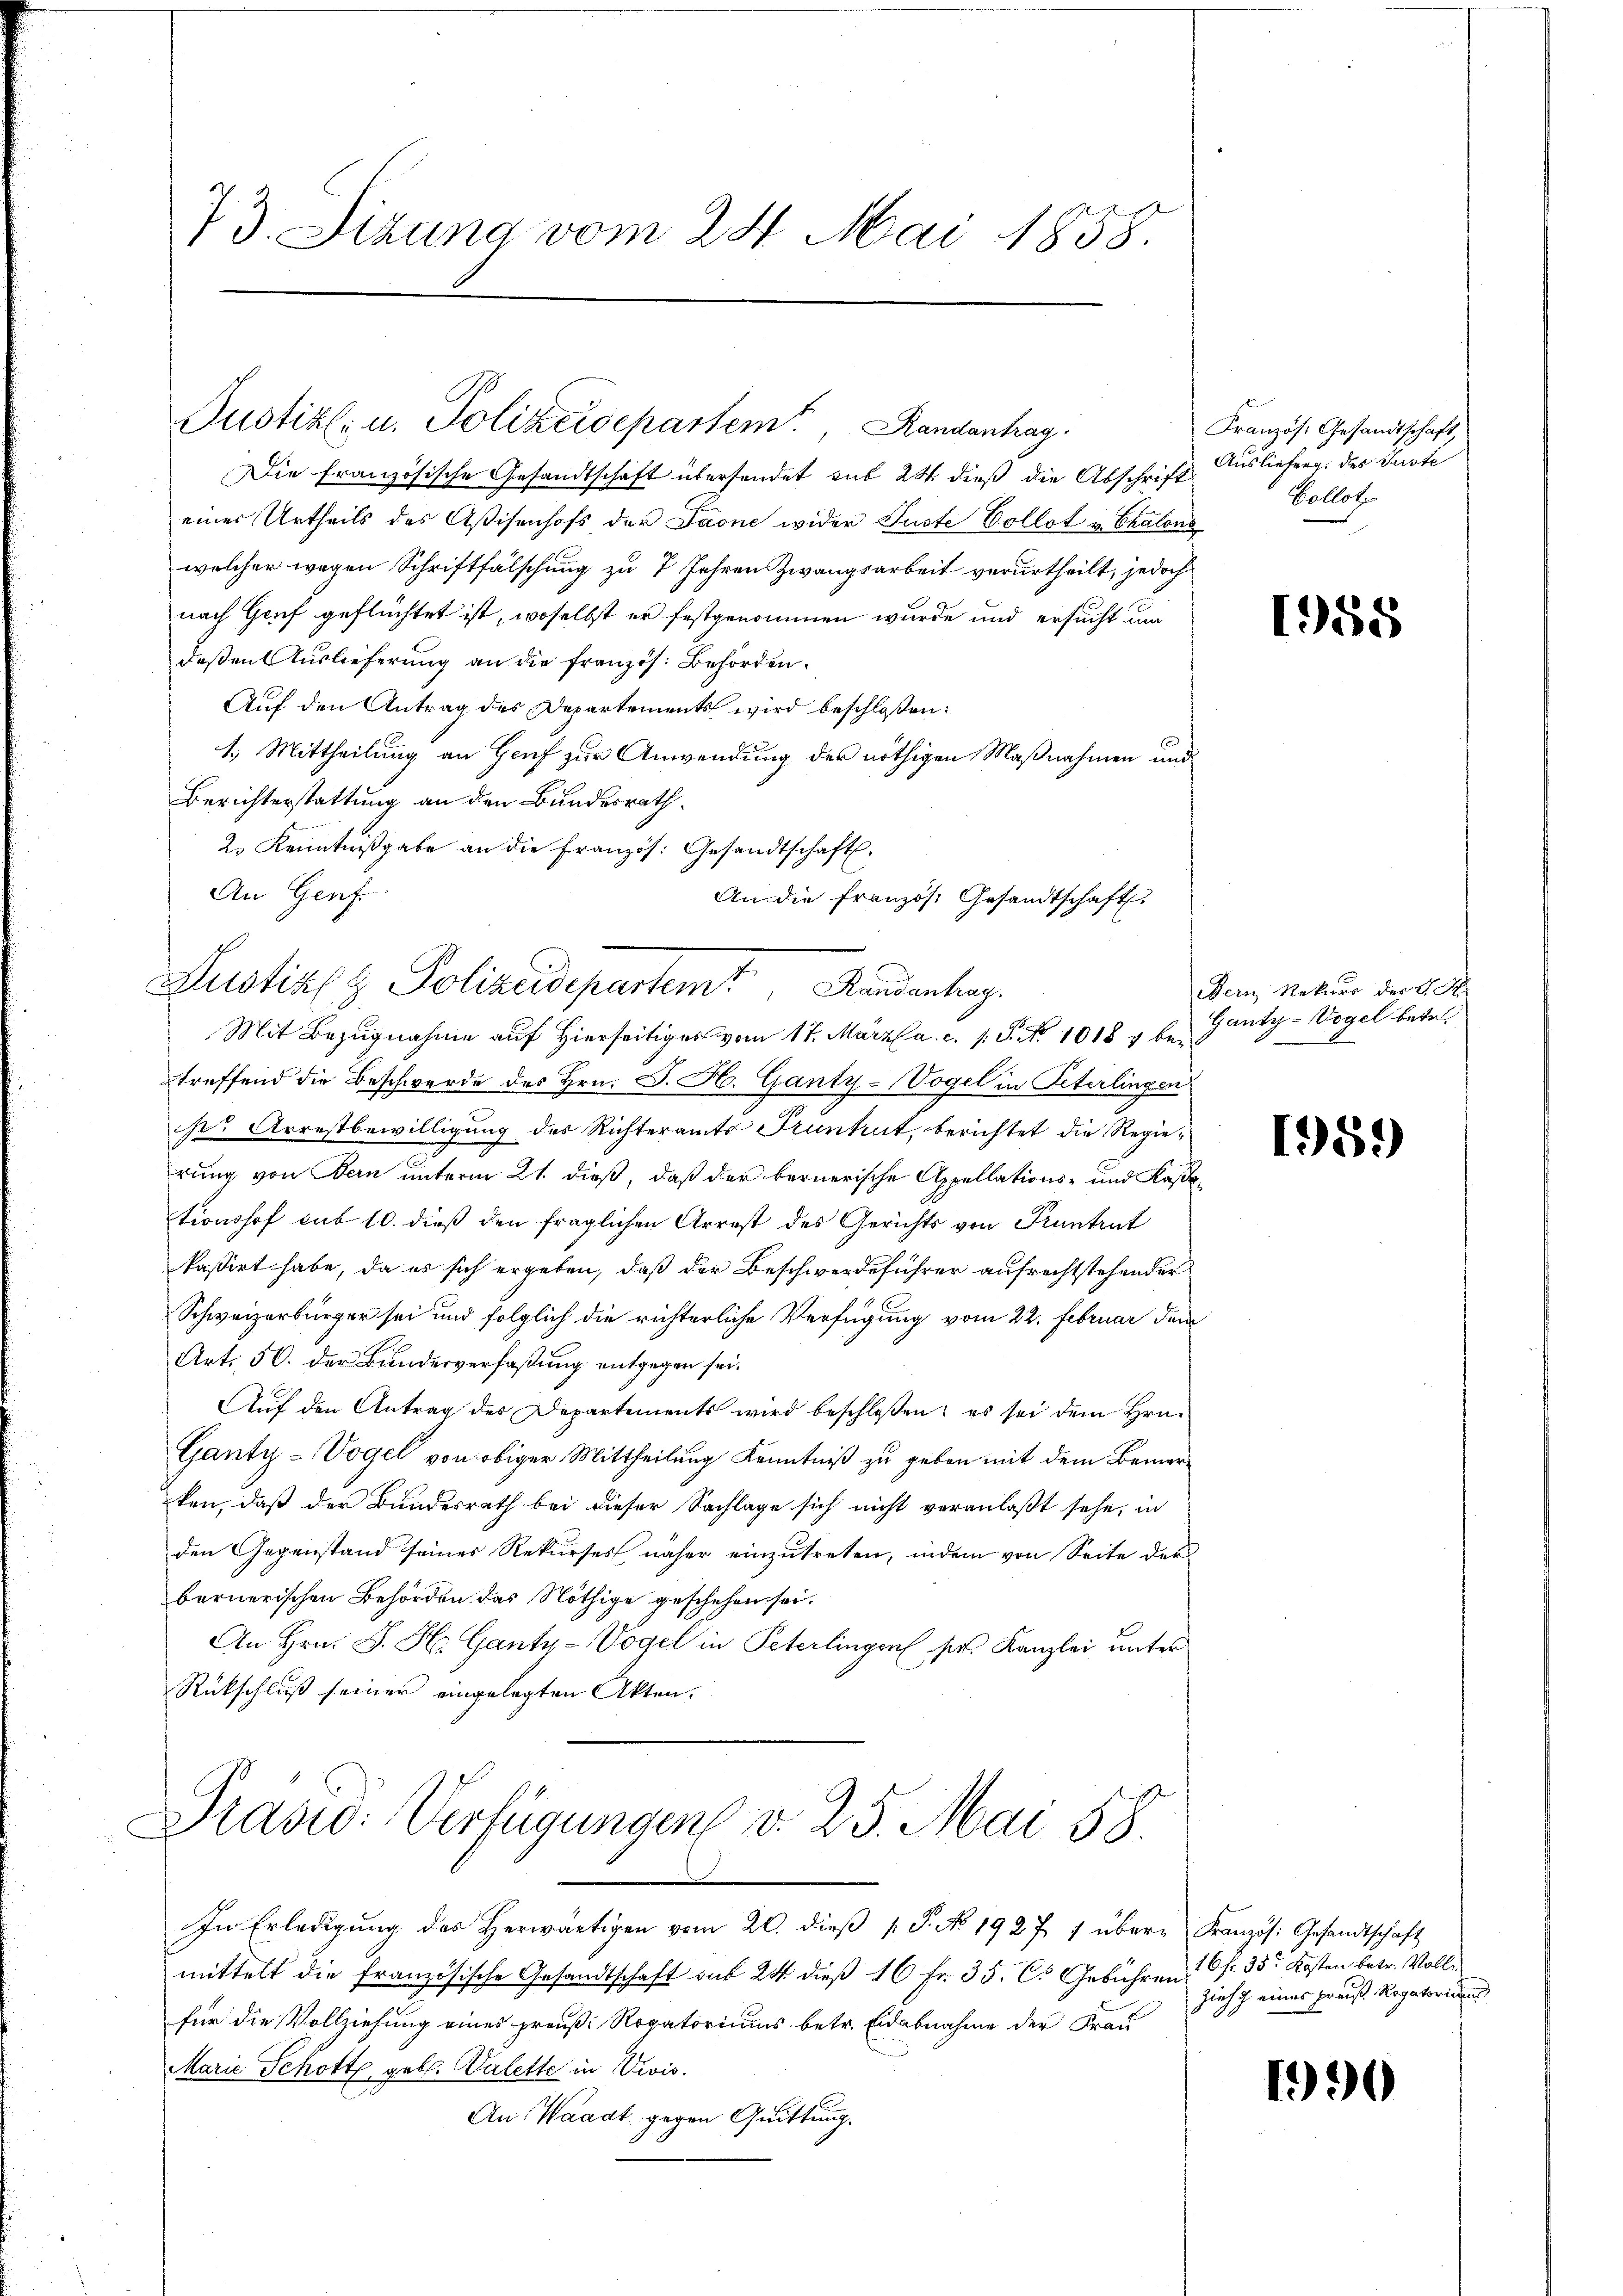
73. Sizung vom 24. Mai 1858.

Die Französische Gesandtschaft übersendet sub 24 dieß die Abschrift Auslieferg des Guste
eines Urtheils des Aßisenhofs der Jaone wider Guste Vollst v. Chalena
welcher wegen Schriftfälschung zu 7 Jahren Zwangsarbeit verurtheilt, jedoch
nach Genf geflüchtet ist, woselbst er festgenommen wurde und ersucht um
deßen Auslieferung an die französ. Behörden.
Auf den Antrag des Departements wird beschloßen:
1.) Mittheilung an Genf zur Anwendung der nöthigen Maßnahmen und
Berichterstattung an den Bundesrath.
treffend die Beschwerde des Hrn. J. H. Ganty-Vogel in Peterlingen
hr. Arrestbewilligung des Richteramts Trunket, berichtet die Regieirung von Bern unterm 21. dieß, daß der bernerische Appellations- und Kaßetionshof sub 10. dieß den fraglichen Arrest des Gerichts von Pruntrut
kassirt habe, da es sich ergeben, daß der Beschwerdeführer aufrechtstehender
Schweizerbürger sei und folglich die richterliche Verfügung vom 22. Februar dem
Art. 50. der Bundesverfaßung entgegen sei.
Auf den Antrag des Departements wird beschloßen: es sei dem Hrn.
Ganty-Vogel von obiger Mittheilung Kenntniß zu geben mit dem Bemerken, daß der Bundesrath bei dieser Sachlage sich nicht veranlaßt sehe, in
den Gegenstand seines Rekurses näher einzutreten, indem von Seite der
bernerischen Behörden das Nöthige geschehen sei.
An Hrn. J. H. Ganty-Vogel in Peterlingen pr. Kanzlei unter
Rückschluß seiner eingelegten Akten.

Justiz u. Polizeidepartem Randanhag

2. Kenntnißgabe an die Französ. Gesandtschaft.
An Genf
An die französ. Gesandtschaft
Justiz z. Polizeidepartem Randantrag
Mit Bezugnahme auf Hierseitiges vom 17. März a. c. s. P. Nr. 1018 7 be¬

Prasid: Verfügungen v. 25. Mai 58.
In Erledigŭng des herwärtigen vom 20. dieβ p. P. No. 1927 7 über Französ. Gesandtschaft

mittelt die französische Gesandtschaft sub 24 dieß 16 Fr. 35. C. Gebühren
für die Vollziehung eines preuß. Rogatoriums betr. Eidabnahme der Frau
Marie Schott geb. Valette in Divis.
An Waadt gegen Quittung.

Französ. Gesandtschaft,
Collot

1988

Der Rekurs des L. Str
Gantz-Vogel betr.

159)

16fr. 35r Kosten betr. Vollzieht eines preis Rogatorium

1990